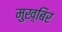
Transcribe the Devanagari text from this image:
मुख़्बिर